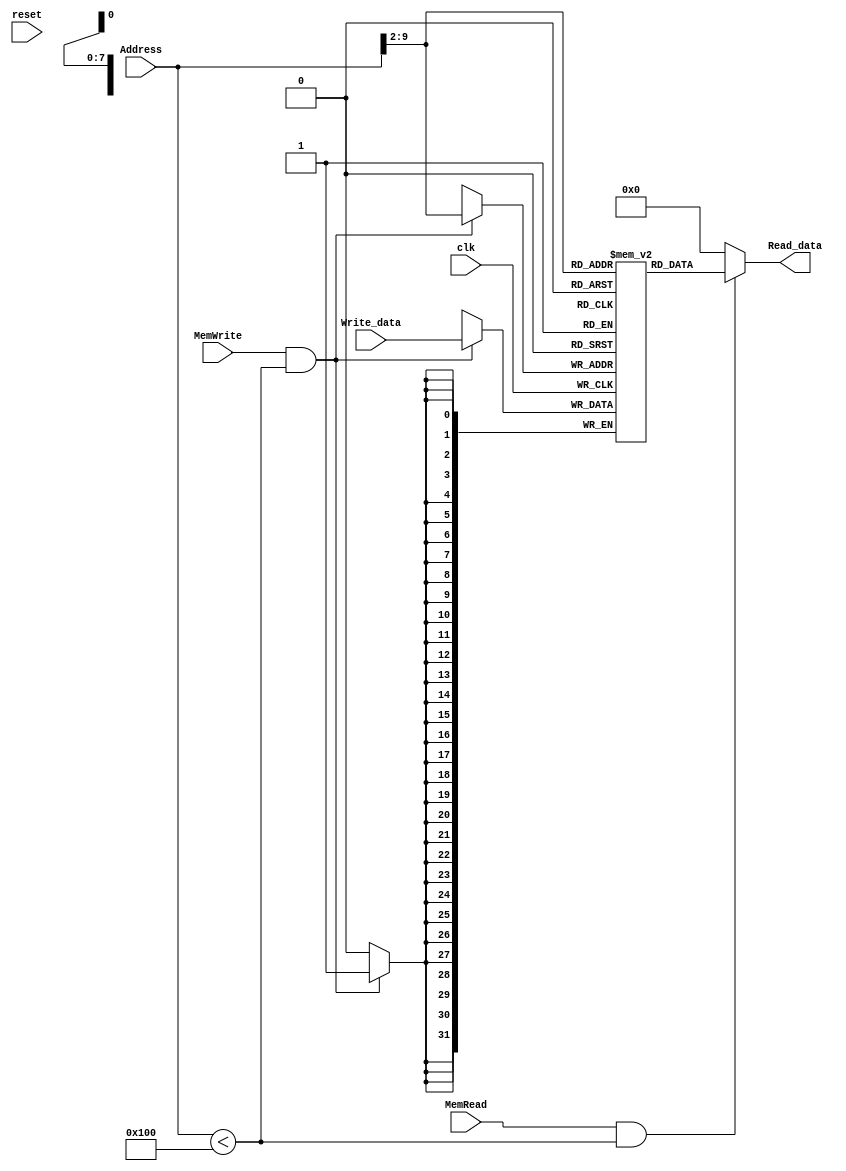
`timescale 1ns/1ps

module DataMem(reset, clk, Address, Write_data, Read_data, MemRead, MemWrite);
    input reset, clk;
    input [31:0] Address, Write_data;
    input MemRead, MemWrite;
    output [31:0] Read_data;

    parameter RAM_SIZE = 256;
    reg [31:0] RAMDATA [RAM_SIZE-1:0];

    assign Read_data =
    (MemRead && (Address < RAM_SIZE)) ? RAMDATA[Address[31:2]] : 32'b0;
    //Y:Actually , We can take Address[9:2] instead of [31:2] because Address < 256

    always@(posedge clk)
       if(MemWrite && (Address < RAM_SIZE))
         RAMDATA[Address[31:2]] <= Write_data;
           //Y:look at the last comment
endmodule